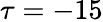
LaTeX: \tau=-15